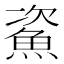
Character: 𩶲